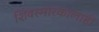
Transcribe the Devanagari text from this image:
शिवस्मारकालाही